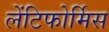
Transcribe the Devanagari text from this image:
लेंटिफोर्मिस